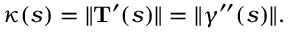
\kappa ( s ) = \| \mathbf { T } ^ { \prime } ( s ) \| = \| { \boldsymbol { \gamma } } ^ { \prime \prime } ( s ) \| .